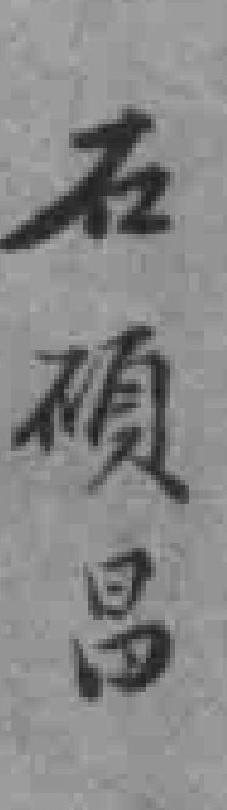
石碩昌